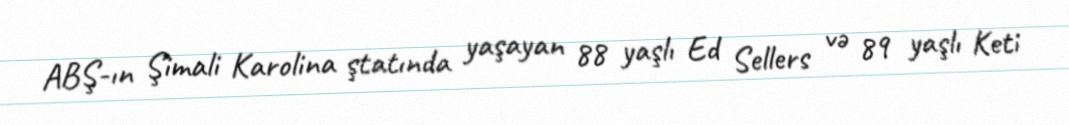
ABŞ-ın Şimali Karolina ştatında yaşayan 88 yaşlı Ed Sellers və 89 yaşlı Keti